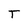
Character: T